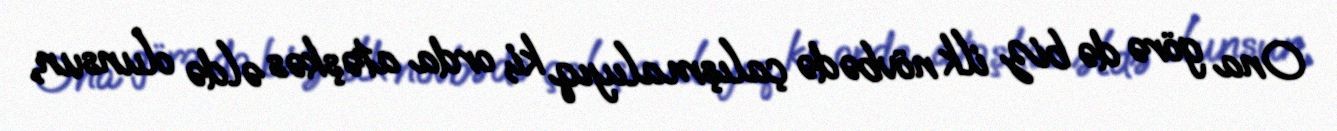
Ona görə də biz ilk növbədə çalışmalıyıq ki, orda atəşkəs əldə olunsun,